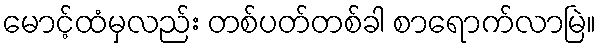
မောင့်ထံမှလည်း တစ်ပတ်တစ်ခါ စာရောက်လာမြဲ။